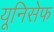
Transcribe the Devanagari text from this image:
यूनिसेेफ